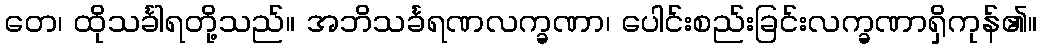
တေ၊ ထိုသင်္ခါရတို့သည်။ အဘိသင်္ခရဏလက္ခဏာ၊ ပေါင်းစည်းခြင်းလက္ခဏာရှိကုန်၏။